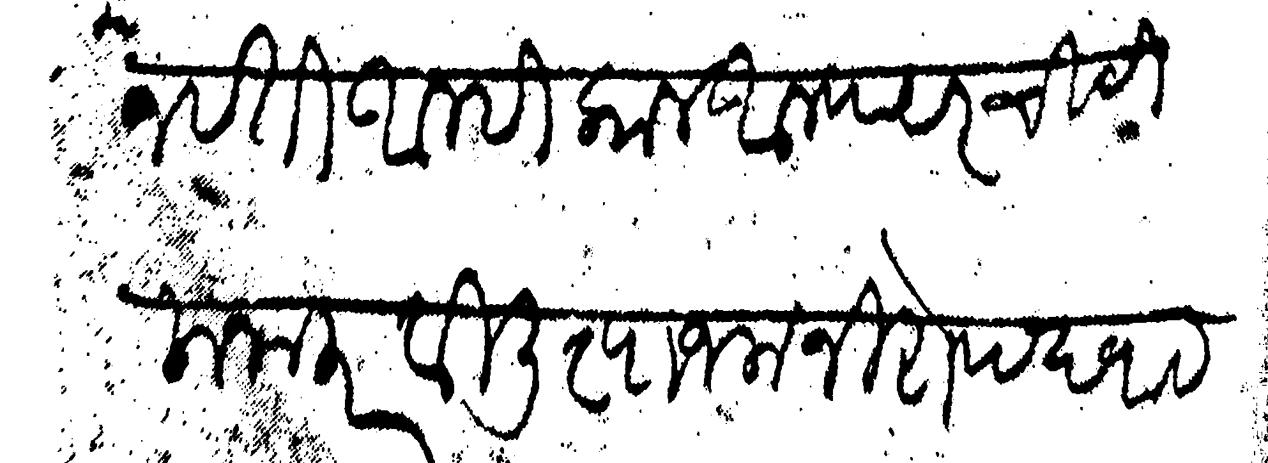
Transliteration (Devanagari): पानवती आम्ही काल आपल्यावर चिटी मना करवीली त्याजला निरोप द्यावयाचा